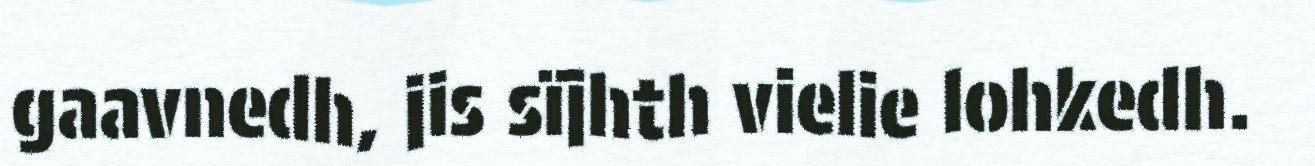
gaavnedh, jis sïjhth vielie lohkedh.